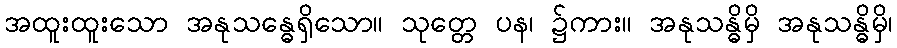
အထူးထူးသော အနုသန္ဓေရှိသော။ သုတ္တေ ပန၊ ၌ကား။ အနုသန္ဓိမှိ အနုသန္ဓိမှိ၊